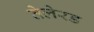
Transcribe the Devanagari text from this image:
तेलेरड